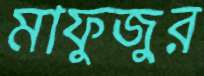
মাফুজুর